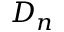
D _ { n }